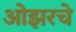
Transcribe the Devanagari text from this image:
ओझरचे